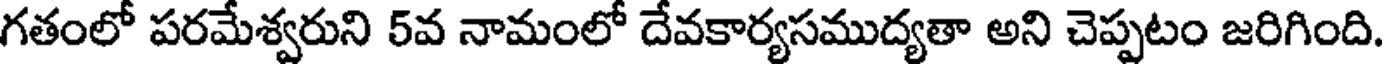
గతంలో పరమేశ్వరుని 5వ నామంలో దేవకార్యసముద్యతా అని చెప్పటం జరిగింది